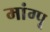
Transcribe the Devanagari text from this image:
मांग्पू